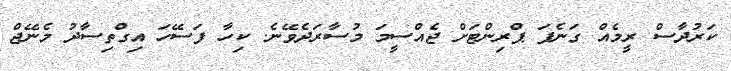
ކަރުދާސް ރީމެއް ގަނެފަ ޕްރިންޓަށް ޖެއްސީމަ މުސާރަދެވޭނެ. ކިހާ ފަސޭހަ އިގްތިސާދު މެނޭޖް